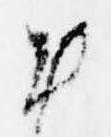
お